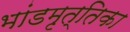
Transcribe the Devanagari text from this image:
भांडमृत्तिका